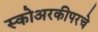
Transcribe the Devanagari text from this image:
स्कोअरकीपरचे